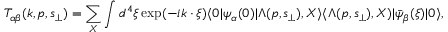
T _ { \alpha \beta } ( k , p , s _ { \perp } ) = \sum _ { X } \int d ^ { 4 } \xi \exp ( - i k \cdot \xi ) \langle 0 | \psi _ { \alpha } ( 0 ) | \Lambda ( p , s _ { \perp } ) , X \rangle \langle \Lambda ( p , s _ { \perp } ) , X ) | \bar { \psi } _ { \beta } ( \xi ) | 0 \rangle ,